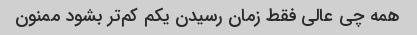
همه چی عالی فقط زمان رسیدن یکم کم‌تر بشود ممنون